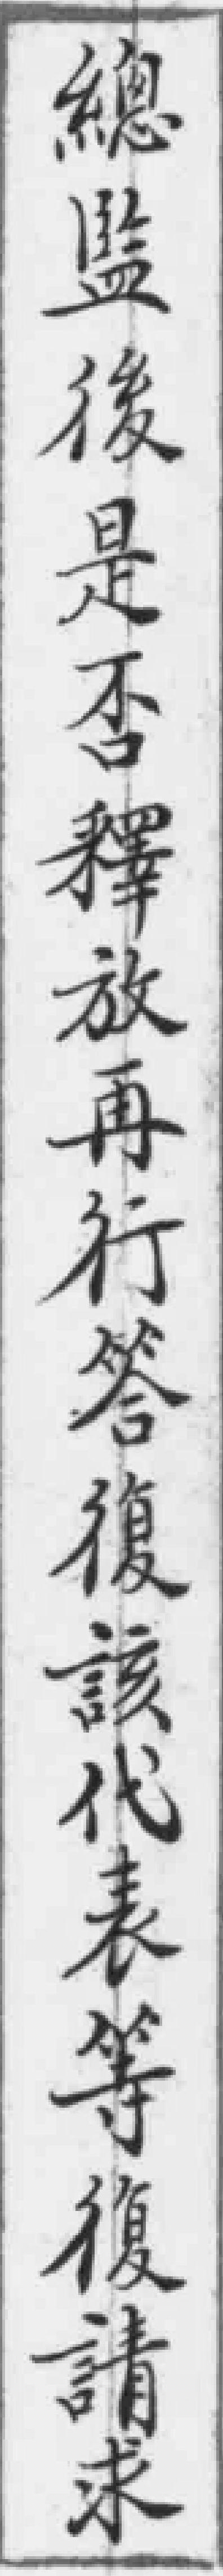
總監後是否釋放再行答復該代表等復請求